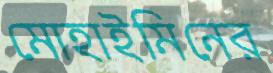
মোহাইমিনের